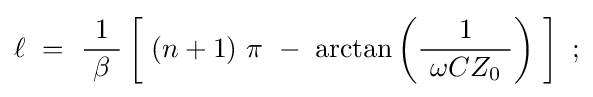
\ell ~=~{\frac {1}{\ \beta \ }}\left[\ (n+1)\ \pi \ -\ \arctan \left({\frac {1}{\ \omega CZ_{0}\ }}\right)\ \right]~;